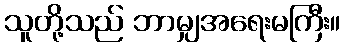
သူတို့သည် ဘာမျှအရေးမကြီး။